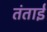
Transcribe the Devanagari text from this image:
तंताई